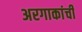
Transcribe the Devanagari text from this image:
अरगाकांची